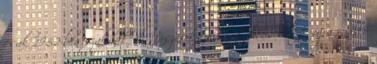
csak 1952-ben szakadt el Jászárokszállástól, és lett újra önálló